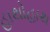
હાથોહાથ